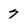
Character: 7